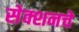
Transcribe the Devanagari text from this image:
सेक्शनचे